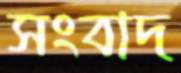
সংবাদ